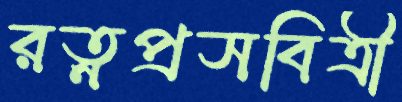
রত্নপ্রসবিত্রী